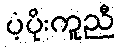
ပံ့ပိုးကူညီ